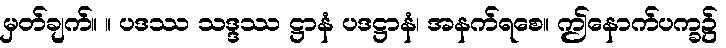
မှတ်ချက်။ ။ ပဒဿ သဒ္ဒဿ ဋ္ဌာနံ ပဒဋ္ဌာနံ၊ အနက်ရစေ။ ဤနောက်ပက္ခ၌